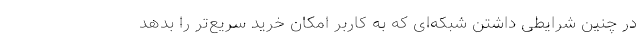
در چنین شرایطی داشتن شبکه‌ای که به کاربر امکان خرید سریع‌تر را بدهد